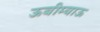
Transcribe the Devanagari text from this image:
ऊबीम्याऊ